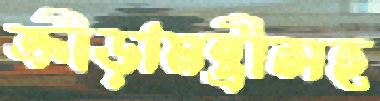
ক্রীড়ামন্ত্রীসহ